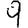
Digit: 9